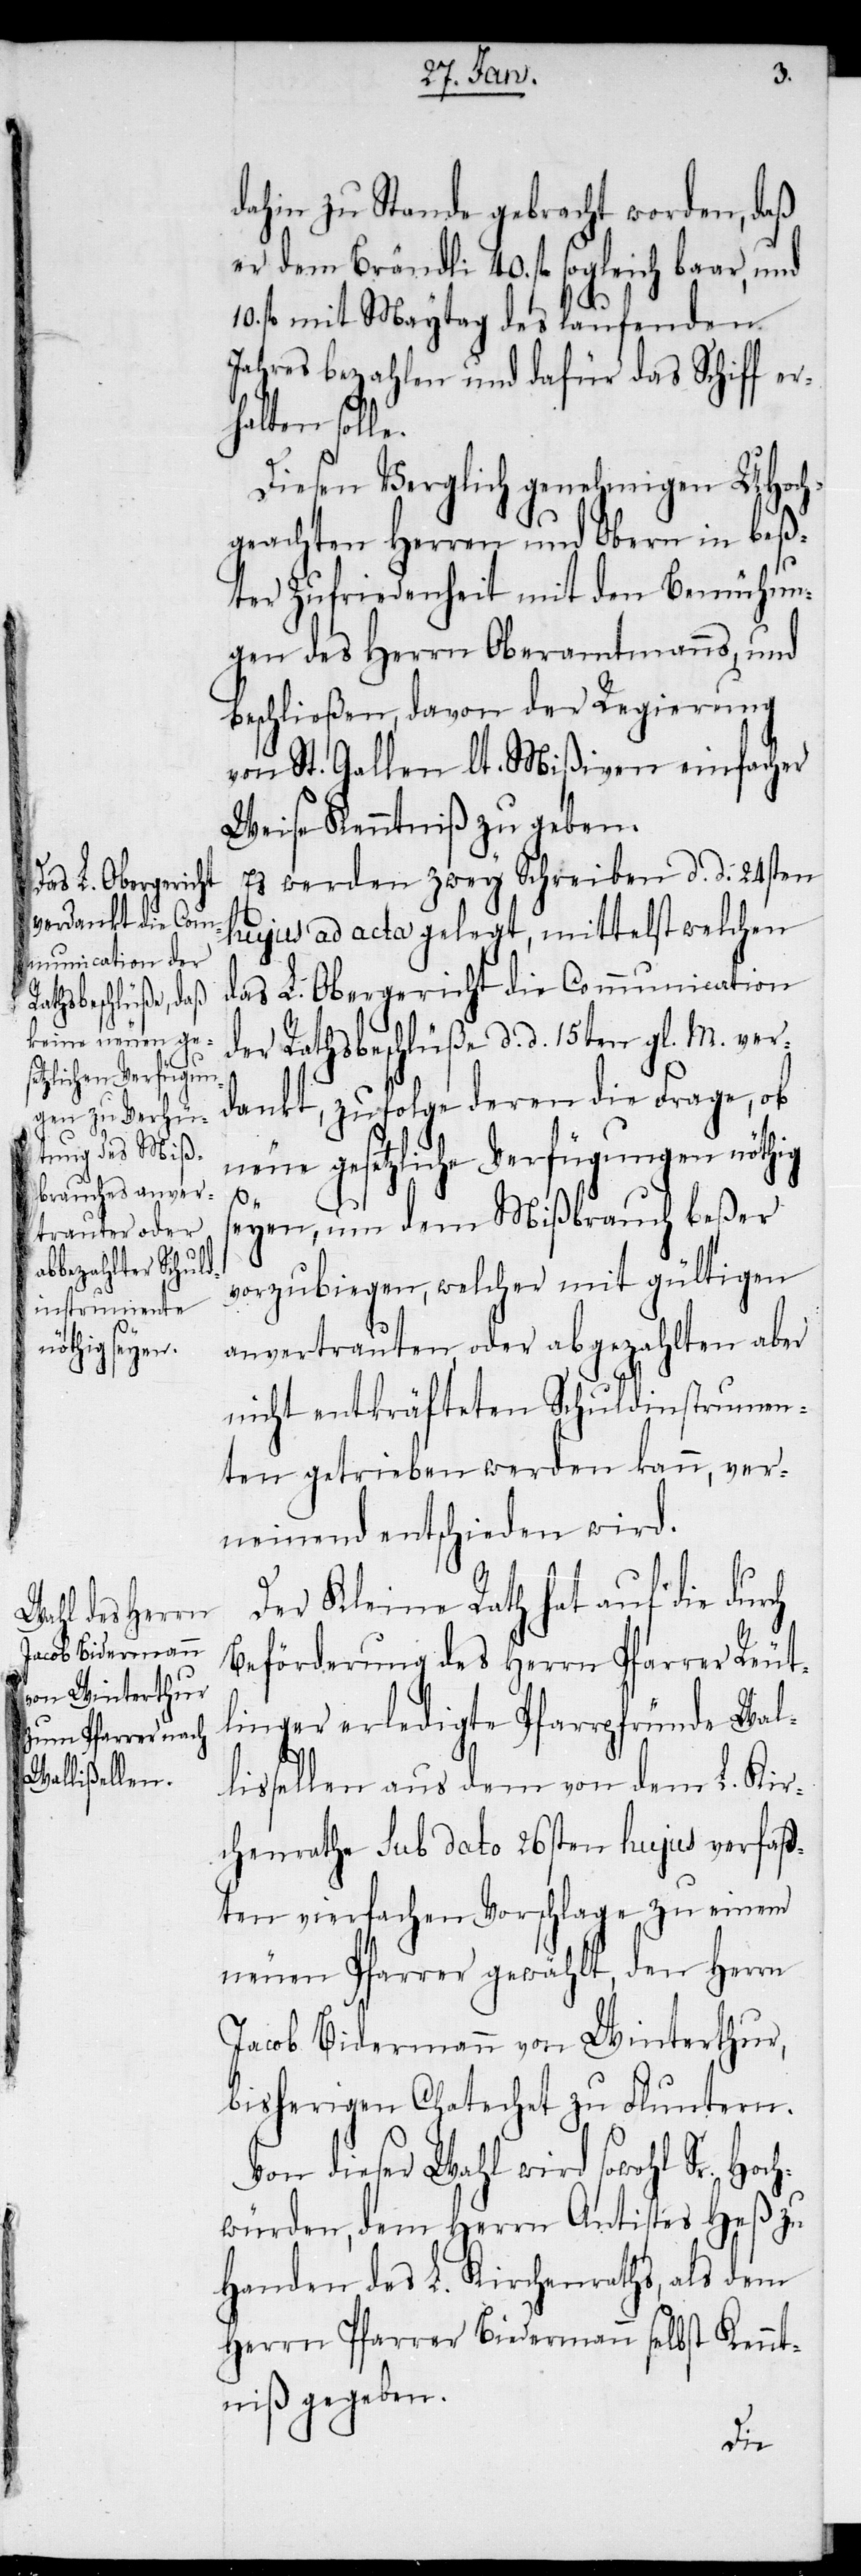
dahin zu Stande gebracht worden, daß
er dem Brändli 40. fl sogleich baar, und
10. fl mit Maytag des laufenden
Jahres bezahlen und dafür das Schiff er¬
halten solle.
Diesen Vergleich genehmigen UHoch¬
geachten Herren und Obern in beß¬
ter Zufriedenheit mit den Bemühun¬
gen des Herrn Oberamtmanns, und
beschließen, davon der Regierung
von St. Gallen lt. Mißiven einfacher
Weise Kenntniß zu geben.
Es werden zwey Schreiben d. d. 24sten
hujus ad acta gelegt, mittelst welchen
das L. Obergericht die Communication
der Rathsbeschlüße d. d. 15ten gl. M. ver¬
dankt, zufolge deren die Frage, ob
neue gesetzliche Verfügungen nöthig
Ken¬
seyen, um dem Mißbrauch beßer
vorzubiegen, welcher mit gültigen
anvertrauten, oder abgezahlten aber
nicht entkräfteten Schuldinstrumen¬
ten getrieben werden kann, ver¬
neinend entschieden wird.
Der Kleine Rath hat auf die durch
Beförderung des Herrn Pfarrer Reut¬
linger erledigte Pfarrpfründe Wal¬
nt¬
lisellen aus dem von dem L. Kir¬
chenrathe sub dato 26sten hujus verfaß¬
ten vierfachen Vorschlage zu einem
neuen Pfarrer gewählt, den Herrn
Jacob Bidermann von Winterthur,
bisherigen Chatechet zu Fluntern.
Von dieser Wahl wird sowohl Sr. Hoc¬
hwürden, dem Herrn Antistes Heß zu
Handen des L. Kirchenraths, als dem
Herrn Pfarrer Biedermann [sic!] selb¬
niß gegeben.